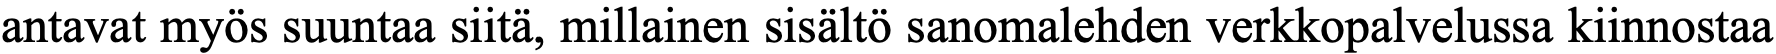
antavat myös suuntaa siitä, millainen sisältö sanomalehden verkkopalvelussa kiinnostaa